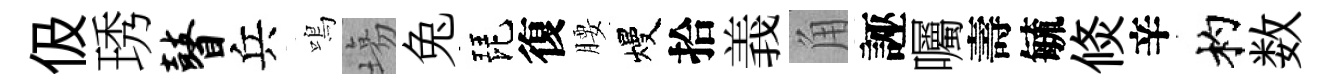
伋琇瞽兵鳴塲兔琵復腰熳拾義角誣囑壽毓倐辛杓数